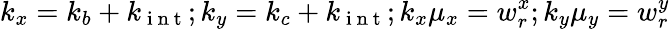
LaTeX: k_{x}=k_{b}+k_{\mathrm{~i~n~t~}};k_{y}=k_{c}+k_{\mathrm{~i~n~t~}};k_{x}\mu_{x}=w_{r}^{x};k_{y}\mu_{y}=w_{r}^{y}